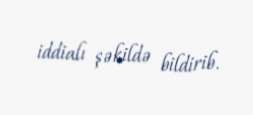
iddialı şəkildə bildirib.